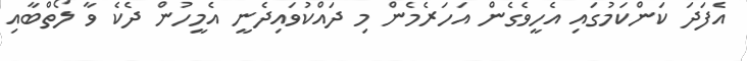
އެފަދަ ކަންކަމުގައި އެހީވެގެން އަހަރެމެން މި ދައްކުވައިދެނީ އެމީހުން ދެކެ ވާ ލޯތްބާއި